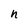
Character: n